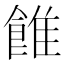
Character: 𩜑